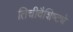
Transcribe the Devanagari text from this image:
तिचीवैशिष्ट्ये